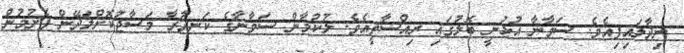
ނިދާލައިފިއެވެ. ސަވާނާ އުޅުނީ ބޮލުގައި ރިއްސާތީއެވެ. ލުކުމާން ސަވާނާގެ ކަނދުރާ މަސާޖުކޮށްލަދޭން ފެށުމުން